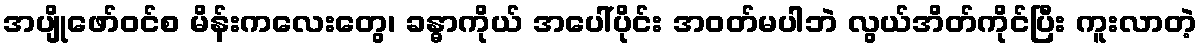
အပျိုဖော်ဝင်စ မိန်းကလေးတွေ၊ ခန္ဓာကိုယ် အပေါ်ပိုင်း အဝတ်မပါဘဲ လွယ်အိတ်ကိုင်ပြီး ကူးလာတဲ့